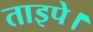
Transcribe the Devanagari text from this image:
ताइपे।